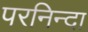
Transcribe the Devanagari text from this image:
परनिन्दा